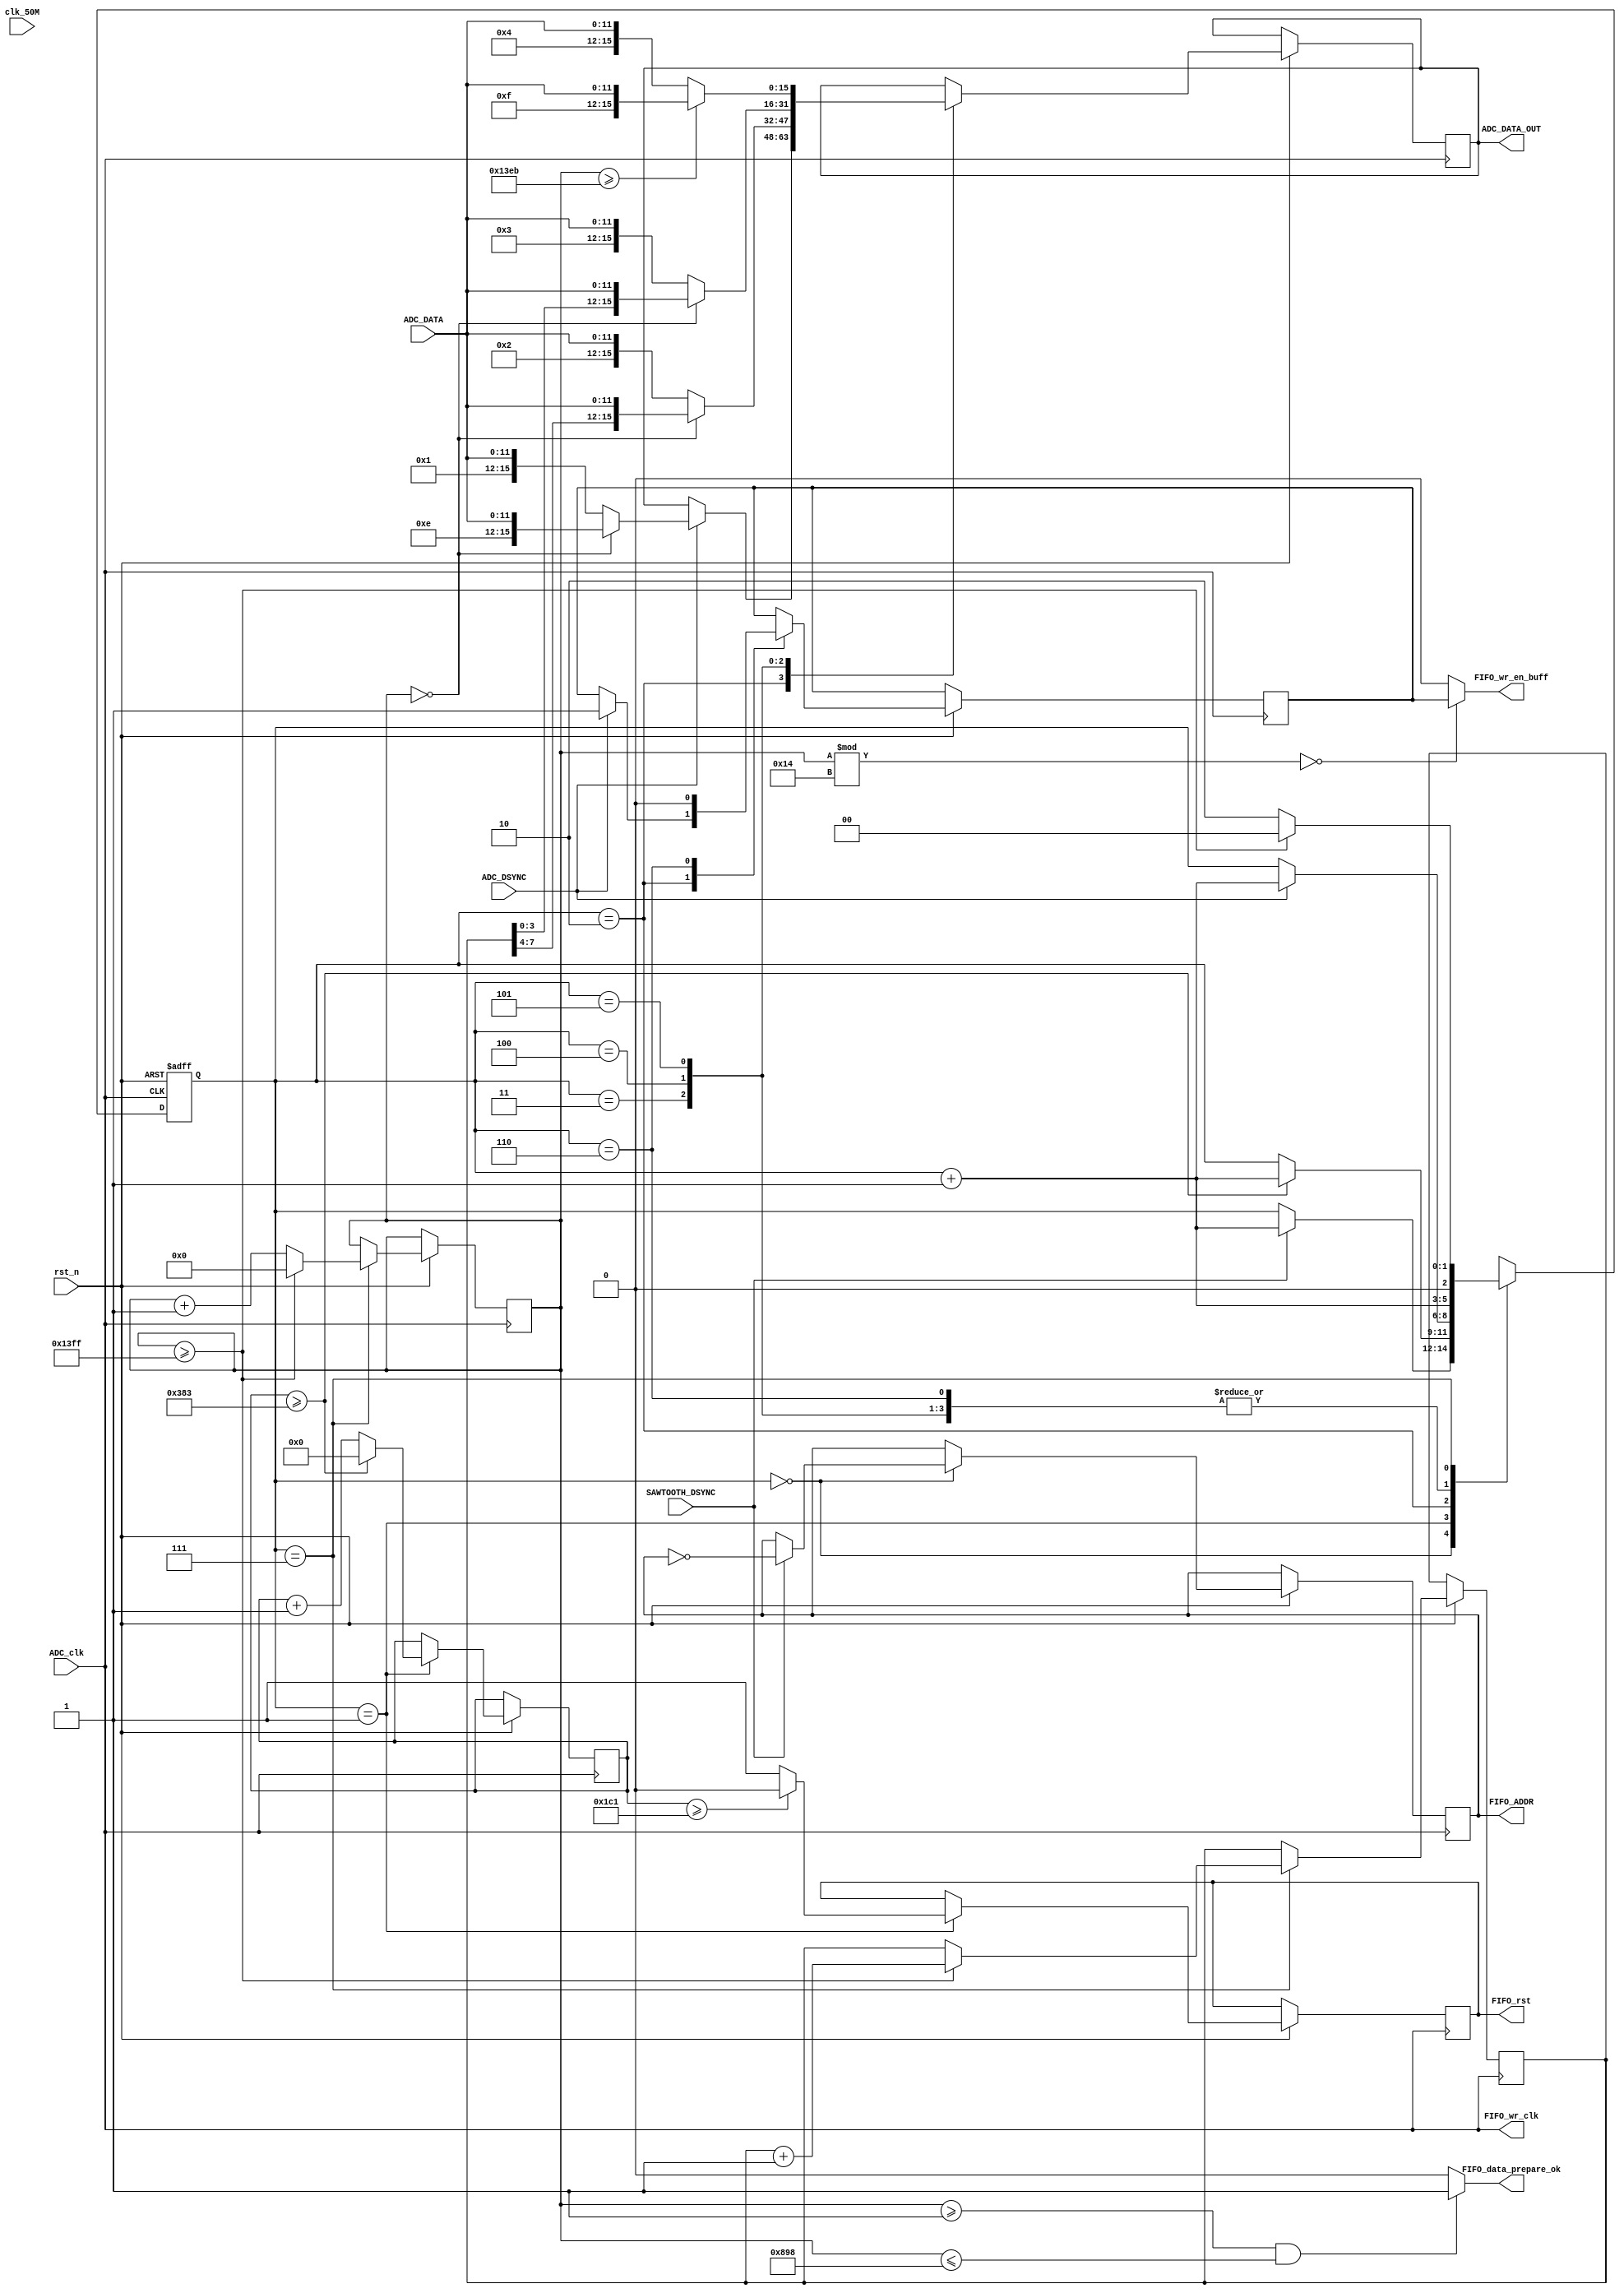
module AD_interface
#(
	parameter  GET_POINT_NUM = 256*20,ADC_VALUE_CHANNEL_CNT = 4//2-8191*2

)
(
	input		clk_50M,
	input 	rst_n, 
	//ADF4158 port 
	input		SAWTOOTH_DSYNC,
	//ADC data port in
	input		ADC_clk,//单端 single end 48Mhz 连接? ADC差分时钟脚转单单?
	input		ADC_DSYNC,
	input		[11:0]ADC_DATA,
	//output to cyusb_interface
	output	reg FIFO_ADDR,
	output	reg FIFO_rst,
	output	reg [15:0]ADC_DATA_OUT,
	output	FIFO_wr_en_buff,
	output	FIFO_wr_clk,
	output	FIFO_data_prepare_ok
	
);
`define ADC_CLK_FREQ 			36_000_000 //frequence of ADC_clk
`define ADC_CHANNEL_CNT			6 
`define ECHO_DELAY_TIME_US 	25
`define SINGLE_CHANNEL_CLK_FREQ `ADC_CLK_FREQ/`ADC_CHANNEL_CNT
`define SAWTOOTH_LONG_MS		1
`define ONE_SAWTOOTH_MAX_SAMPLE_POINT `SINGLE_CHANNEL_CLK_FREQ*`SAWTOOTH_LONG_MS/1000 - `SINGLE_CHANNEL_CLK_FREQ*`ECHO_DELAY_TIME_US/1000_000//8000-40
`define ADC_FIFO_LENGTH    GET_POINT_NUM*ADC_VALUE_CHANNEL_CNT
reg FIFO_wr_en;
wire FIFO_wr_en_en;
assign FIFO_data_prepare_ok = ((Ponit_Cnt >= 1) && (Ponit_Cnt <= 2200))?1'd1:1'd0;
assign FIFO_wr_en_buff = (Ponit_Cnt%14'd20 == 14'd0)?FIFO_wr_en:1'd0;
assign FIFO_wr_clk = ADC_clk;
reg [2:0]STATE;
reg [13:0]Ponit_Cnt;		//max 16383 GET_POINT_NUM
reg [7:0]Sawtooth_Cnt;	//max 1024  for frame counts
reg [10:0]Time_Cnt;		//max 2048

initial begin
	STATE			  = 3'd0	;
	Time_Cnt		  = 11'd0;
	Ponit_Cnt	  = 14'd0;
	Sawtooth_Cnt  = 8'd0;
	FIFO_wr_en	  = 1'd0;
	FIFO_rst	  	  = 1'd0;
	FIFO_ADDR 	  = 1'd0; 
end
//always at rst_n init device
//AD8283_SPI_send #(15) AD8283_SPI_send_U1
//
//(
//	.clk_50M(clk_50M),
//	.rst_n(rst_n),	
//	.CSB(ADC_CSB),
//	.SCLK(ADC_SCLK),
//	.SDIO(ADC_DIO),
//	.ALL_DONE(ALL_DONE),
//	
//	.LAN_PGA_16DB_n(),//not use
//	.LAN_PGA_22DB_n(),//not use
//	.LAN_PGA_28DB_n(),//not use
//	.LAN_PGA_34DB_n(),//not use
//);
always@(negedge ADC_clk or negedge rst_n)begin
	if(!rst_n)
	begin
		STATE			  <= 3'd0;
	end
	else begin
		case(STATE)
		4'd0://wait next SAWTOOTH
			begin
				if(SAWTOOTH_DSYNC)//use SAWTOOTH_DSYNC as start signal
					begin
						STATE	<= STATE + 3'd1;
						FIFO_ADDR <= ~FIFO_ADDR;//change cy pingpong fifo addr
//						FIFO_rst <= 1;
					end
				else
					STATE	<= STATE ;
			end
//DelayTime bigger than echo delay*************************************************
		4'd1:
			begin			
			if(Time_Cnt >= `ECHO_DELAY_TIME_US*`ADC_CLK_FREQ/1000_000-1)begin
					STATE	<= STATE + 3'd1;
					//FIFO_rst <= 0;
					Time_Cnt <= 11'd0; 
					end
				else begin
					Time_Cnt <= Time_Cnt + 11'd1; 
					STATE	<= STATE ;
					//FIFO_rst <= 1;//reset this cy pingpong fifo
					end
			if(Time_Cnt >= `ECHO_DELAY_TIME_US*`ADC_CLK_FREQ/2000_000-1)begin
					FIFO_rst <= 0;			        
			end  
			else begin
			        FIFO_rst <= 1;		
			end
			end
//One point start	********************************************************		
		4'd2://A
			begin
				if(ADC_DSYNC)begin
					STATE	<= STATE + 3'd1;
					FIFO_wr_en <= 1;//enable fifo					
					if(Ponit_Cnt == 14'd0)
						ADC_DATA_OUT <= {4'hE,ADC_DATA};//start flag
					else
						ADC_DATA_OUT <= {4'h1,/*12'h001*/ADC_DATA};
					end 
				else
					STATE	<= STATE ;
			end
		4'd3://B
			begin
				STATE	<= STATE + 3'd1;
				if(Ponit_Cnt == 14'd0)
					ADC_DATA_OUT <= {Sawtooth_Cnt[7:4],/*12'h002*/ADC_DATA};//frame cnt high
				else
					ADC_DATA_OUT <= {4'h2,/*12'h002*/ADC_DATA};
			end
		4'd4://C
			begin 
				STATE	<= STATE + 3'd1;
				if(Ponit_Cnt == 14'd0)
					ADC_DATA_OUT <= {Sawtooth_Cnt[3:0],/*12'h003*/ADC_DATA};//frame cnt low
				else
					ADC_DATA_OUT <= {4'h3,/*12'h002*/ADC_DATA};
			end
		4'd5://D
			begin				
				STATE	<= STATE + 3'd1;
				if(Ponit_Cnt >= 256*20-20-1/*GET_POINT_NUM-1*/)//??(?个有效采样周?)结束
				begin
					ADC_DATA_OUT <= {4'hf,/*12'habc*/ADC_DATA};//sawtooth end flag
				end
				else begin
					ADC_DATA_OUT <= {4'h4,/*12'habc*/ADC_DATA};
				end
			end
		4'd6://E
			begin
				FIFO_wr_en <= 0;//disable fifo,only want ABCD channel
				STATE	<= STATE + 3'd1;
			end
		4'd7://F
			begin
				if(Ponit_Cnt >= GET_POINT_NUM-1)//one frame finish
				begin
					STATE				<= 3'd0;
					Ponit_Cnt 		<= 14'd0;
					Sawtooth_Cnt   <= Sawtooth_Cnt + 8'd1;
				end
				else
				begin
					Ponit_Cnt <= Ponit_Cnt + 14'd1;
					STATE	<= 3'd2;
				end
			end	
		default:STATE	<= 3 'd0;
//One point end	********************************************************	
		endcase
	end
end
endmodule